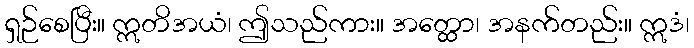
ရှဉ်စေပြီး။ ဣတိအယံ၊ ဤသည်ကား။ အတ္ထော၊ အနက်တည်း။ ဣဒံ၊